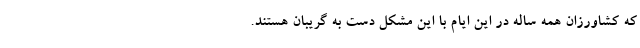
که کشاورزان همه ساله در این ایام با این مشکل دست به گریبان هستند.